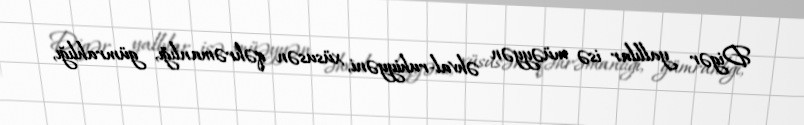
Digər yallılar isə müəyyən əhval-ruhiyyəni, xüsusən qəhrəmanlığı, gümrahlığı,